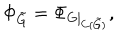
\Phi _ { \tilde { G } } = \Phi _ { G \mid _ { C ( \tilde { G } ) } } ,